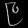
Digit: ၉